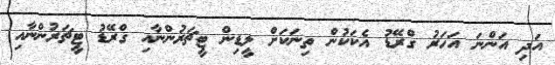
އަދި އަންނަ އަހަރު ގްރޭޑު އެކަކުން ތިނަކަށް ލީޑިން ޓީޗަރުންނާއި ގްރޭޑު ޓީޗަރުންނާއި